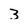
Character: 3